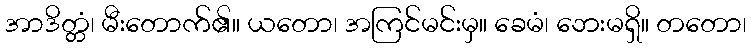
အာဒိတ္တံ၊ မီးတောက်၏။ ယတော၊ အကြင်မင်းမှ။ ခေမံ၊ ဘေးမရှိ။ တတော၊